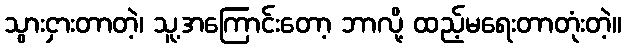
သွားငှားတာတဲ့၊ သူ့အကြောင်းတော့ ဘာလို့ ထည့်မရေးတာတုံးတဲ့။